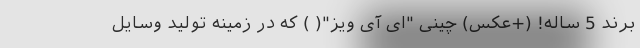
برند 5 ساله! (+عکس) چینی "اِی آی وِیز"( ) که در زمینه تولید وسایل